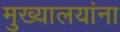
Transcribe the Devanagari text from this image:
मुख्यालयांना